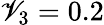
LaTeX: \mathscr{V}_{3}=0.2